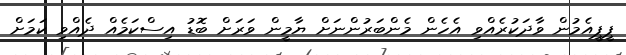
ޕީޕީއެމުން ވާދަކުރެއްވި އެހެން މެންބަރުންނަށް ޔާމީން ވަރަށް ބޮޑު އިސްކަމެއް ދެއްވި ކަމަށް